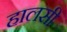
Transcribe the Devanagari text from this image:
हालसी